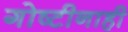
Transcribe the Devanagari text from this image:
गोष्टीनाही